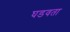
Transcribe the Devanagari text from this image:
घडवता